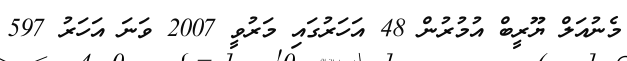
މެނުއަލް ޔޫރީބް އުމުރުން 48 އަހަރުގައި މަރުވީ 2007 ވަނަ އަހަރު 597